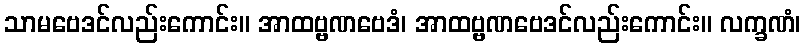
သာမဗေဒင်လည်းကောင်း။ အာထဗ္ဗဏဗေဒံ၊ အာထဗ္ဗဏဗေဒင်လည်းကောင်း။ လက္ခဏံ၊